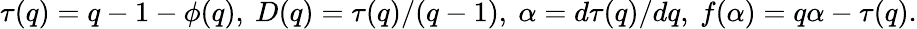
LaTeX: \tau(q)=q-1-\phi(q),\ D(q)=\tau(q)/(q-1),\ \alpha=d\tau(q)/dq,\ f(\alpha)=q\alpha-\tau(q).